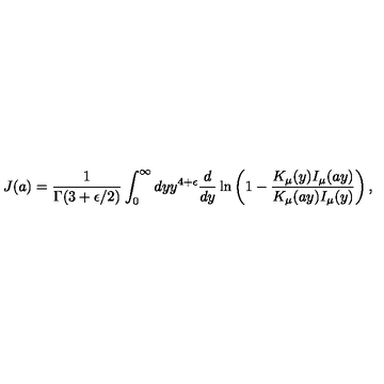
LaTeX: J ( a ) = { \frac { 1 } { \Gamma ( 3 + \epsilon / 2 ) } } \int _ { 0 } ^ { \infty } d y y ^ { 4 + \epsilon } { \frac { d } { d y } } \ln \left( 1 - { \frac { K _ { \mu } ( y ) I _ { \mu } ( a y ) } { K _ { \mu } ( a y ) I _ { \mu } ( y ) } } \right) ,